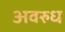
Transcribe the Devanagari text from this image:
अवरुध